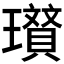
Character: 𭺐